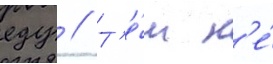
еду // Т'е́м н'е́